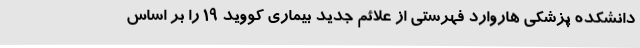
دانشکده پزشکی هاروارد فهرستی از علائم جدید بیماری کووید 19 را بر اساس